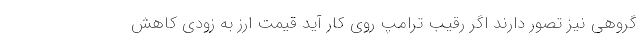
گروهی نیز تصور دارند اگر رقیب ترامپ روی کار آید قیمت ارز به زودی کاهش